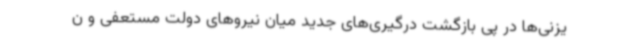
یزنی‌ها در پی بازگشت درگیری‌های جدید میان نیروهای دولت مستعفی و ن